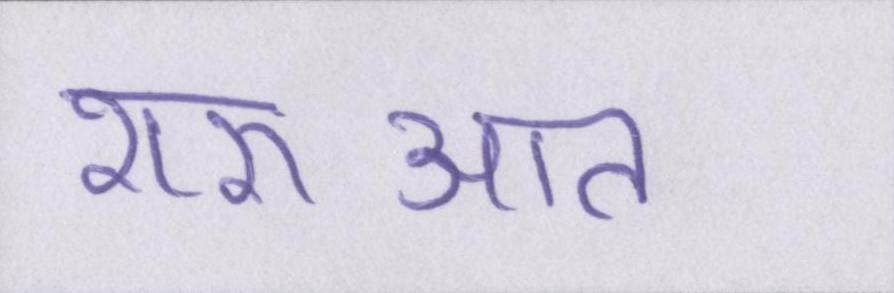
शरुआत